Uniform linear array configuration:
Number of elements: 8
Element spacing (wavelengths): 0.25
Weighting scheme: exponential
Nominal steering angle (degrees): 60
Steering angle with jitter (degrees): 61.932
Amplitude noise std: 0.05
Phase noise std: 0.05

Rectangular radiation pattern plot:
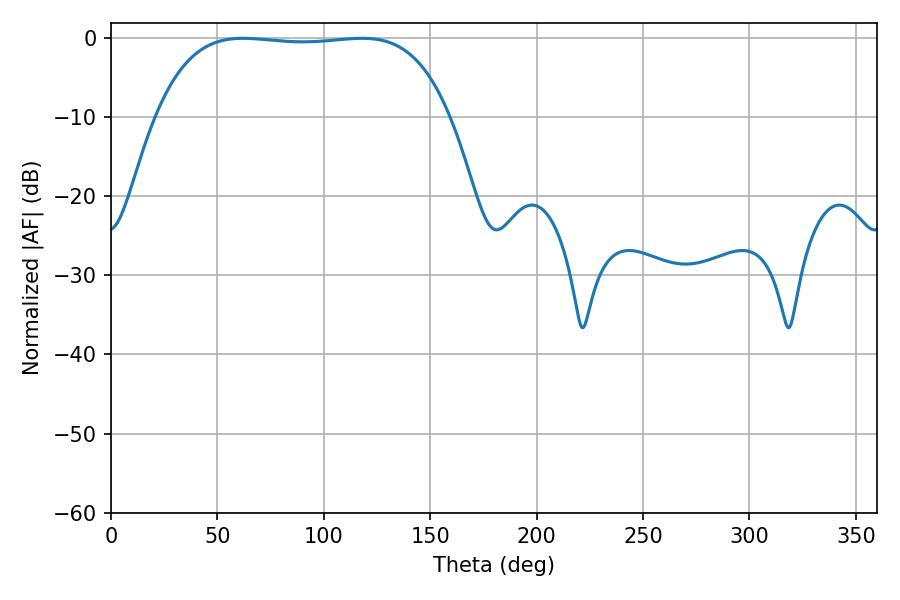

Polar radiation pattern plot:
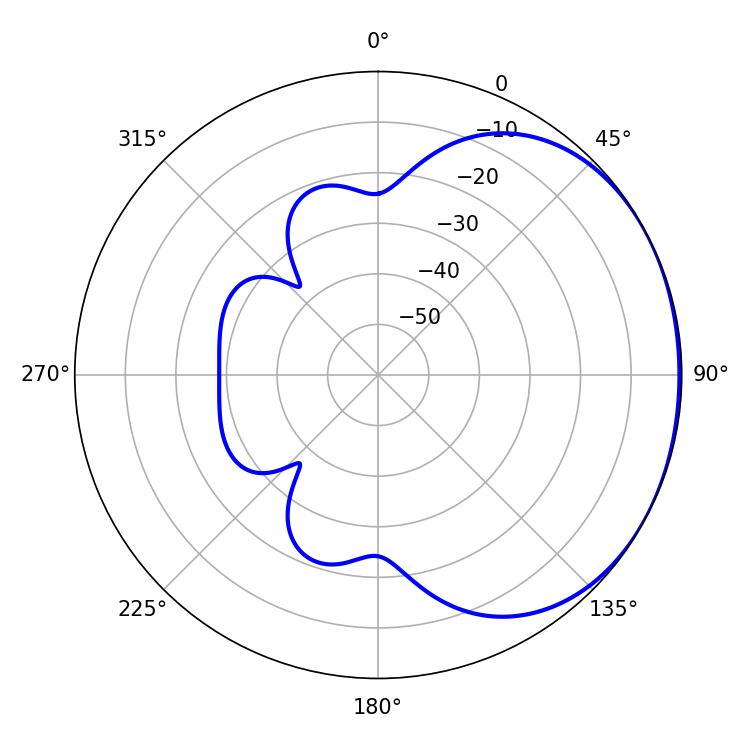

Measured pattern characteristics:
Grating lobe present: FALSE
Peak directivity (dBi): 1.12
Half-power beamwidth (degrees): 108.36
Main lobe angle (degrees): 62.1